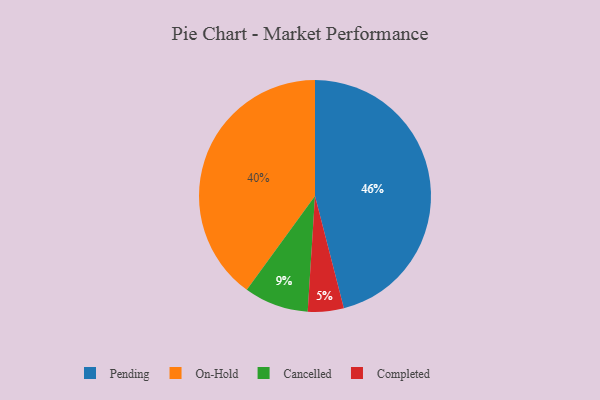
{"axis": {"x": "Category", "y": "Percentage"}, "legend": ["Cancelled", "Completed", "On-Hold", "Pending"], "data": [{"x": "Pending", "y": 46, "type": "Pending"}, {"x": "On-Hold", "y": 40, "type": "On-Hold"}, {"x": "Cancelled", "y": 9, "type": "Cancelled"}, {"x": "Completed", "y": 5, "type": "Completed"}]}